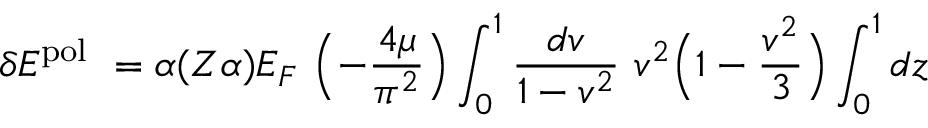
\delta E ^ { \mathrm { p o l } } ~ = \alpha ( Z \alpha ) E _ { F } ~ \Bigl ( - \frac { 4 \mu } { \pi ^ { 2 } } \Bigr ) \int _ { 0 } ^ { 1 } \frac { d v } { 1 - v ^ { 2 } } ~ v ^ { 2 } \Bigl ( 1 - \frac { v ^ { 2 } } { 3 } \Bigr ) \int _ { 0 } ^ { 1 } { d z }